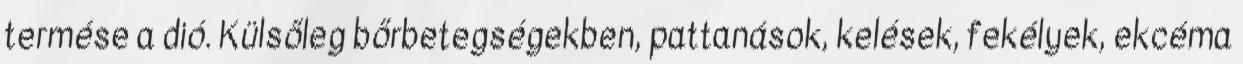
termése a dió. Külsőleg bőrbetegségekben, pattanások, kelések, fekélyek, ekcéma